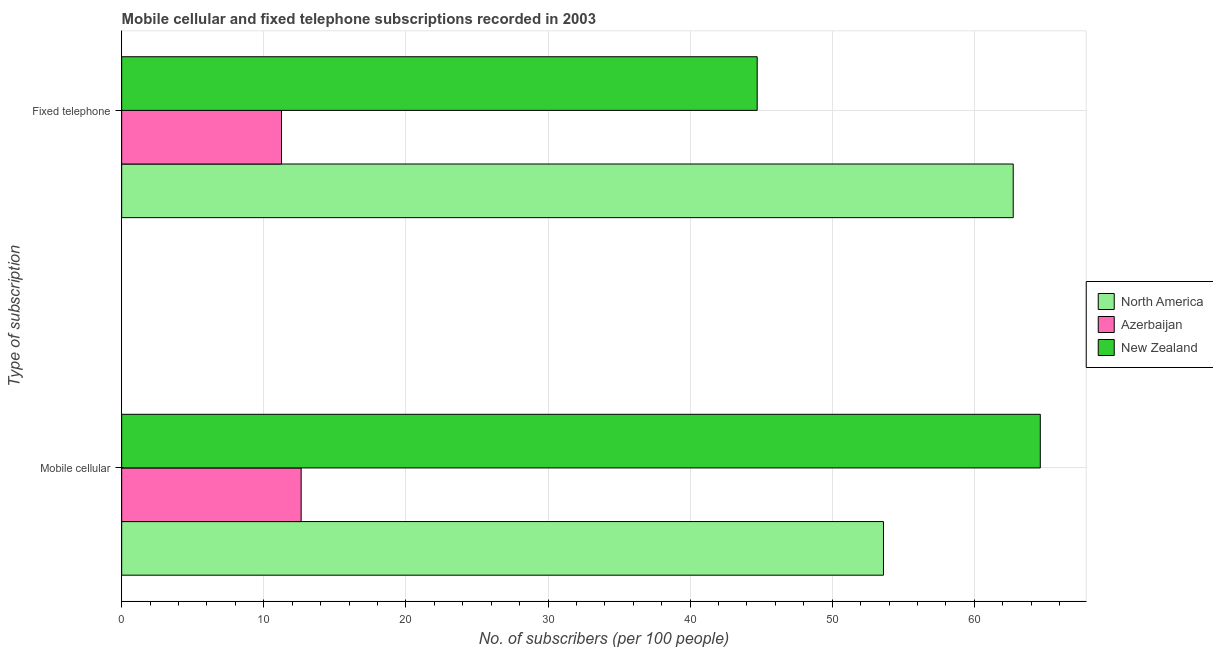
| Type of subscription | North America | Azerbaijan | New Zealand |
 | --- | --- | --- | --- |
 | Mobile cellular | 53.6 | 12.6 | 64.6 |
 | Fixed telephone | 62.7 | 11.2 | 44.7 |